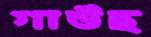
গাউছ